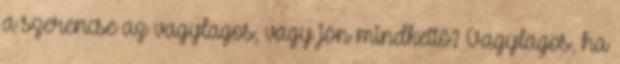
a szerencse az vagylagos, vagy jön mindkettő? Vagylagos, ha